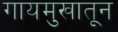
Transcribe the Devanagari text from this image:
गायमुखातून